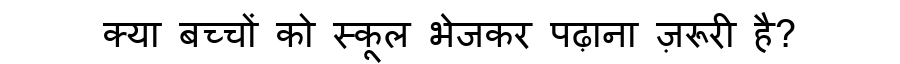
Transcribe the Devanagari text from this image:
क्या बच्चों को स्कूल भेजकर पढ़ाना ज़रूरी है?